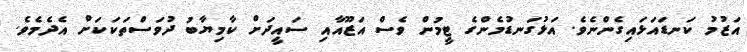
އަޒުމު ކަނޑައަޅައިގެންނެވެ. އަޅުގަނޑުމެންގެ ޓީމުން ވެސް އަޒޫއާއި ސައީދަށް ކާމިޔާބު ދުވަސްތަކަކަށް އެދެމެވެ.